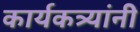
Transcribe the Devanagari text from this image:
कार्यकत्र्यांनी